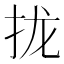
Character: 拢